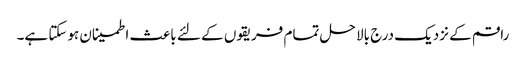
راقم کے نزدیک درج بالا حل تمام فریقوں کے لئے باعث اطمینان ہوسکتا ہے۔